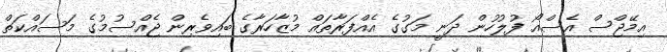
އިމޭޖްސް އެސްއޯ ފުލުހުން ދަނީ މަގުގެ އެއްފަރާތައް މުޒާހަރާގެ ބައިވެރިން ޖެއްސުމުގެ މަސައްކަތް